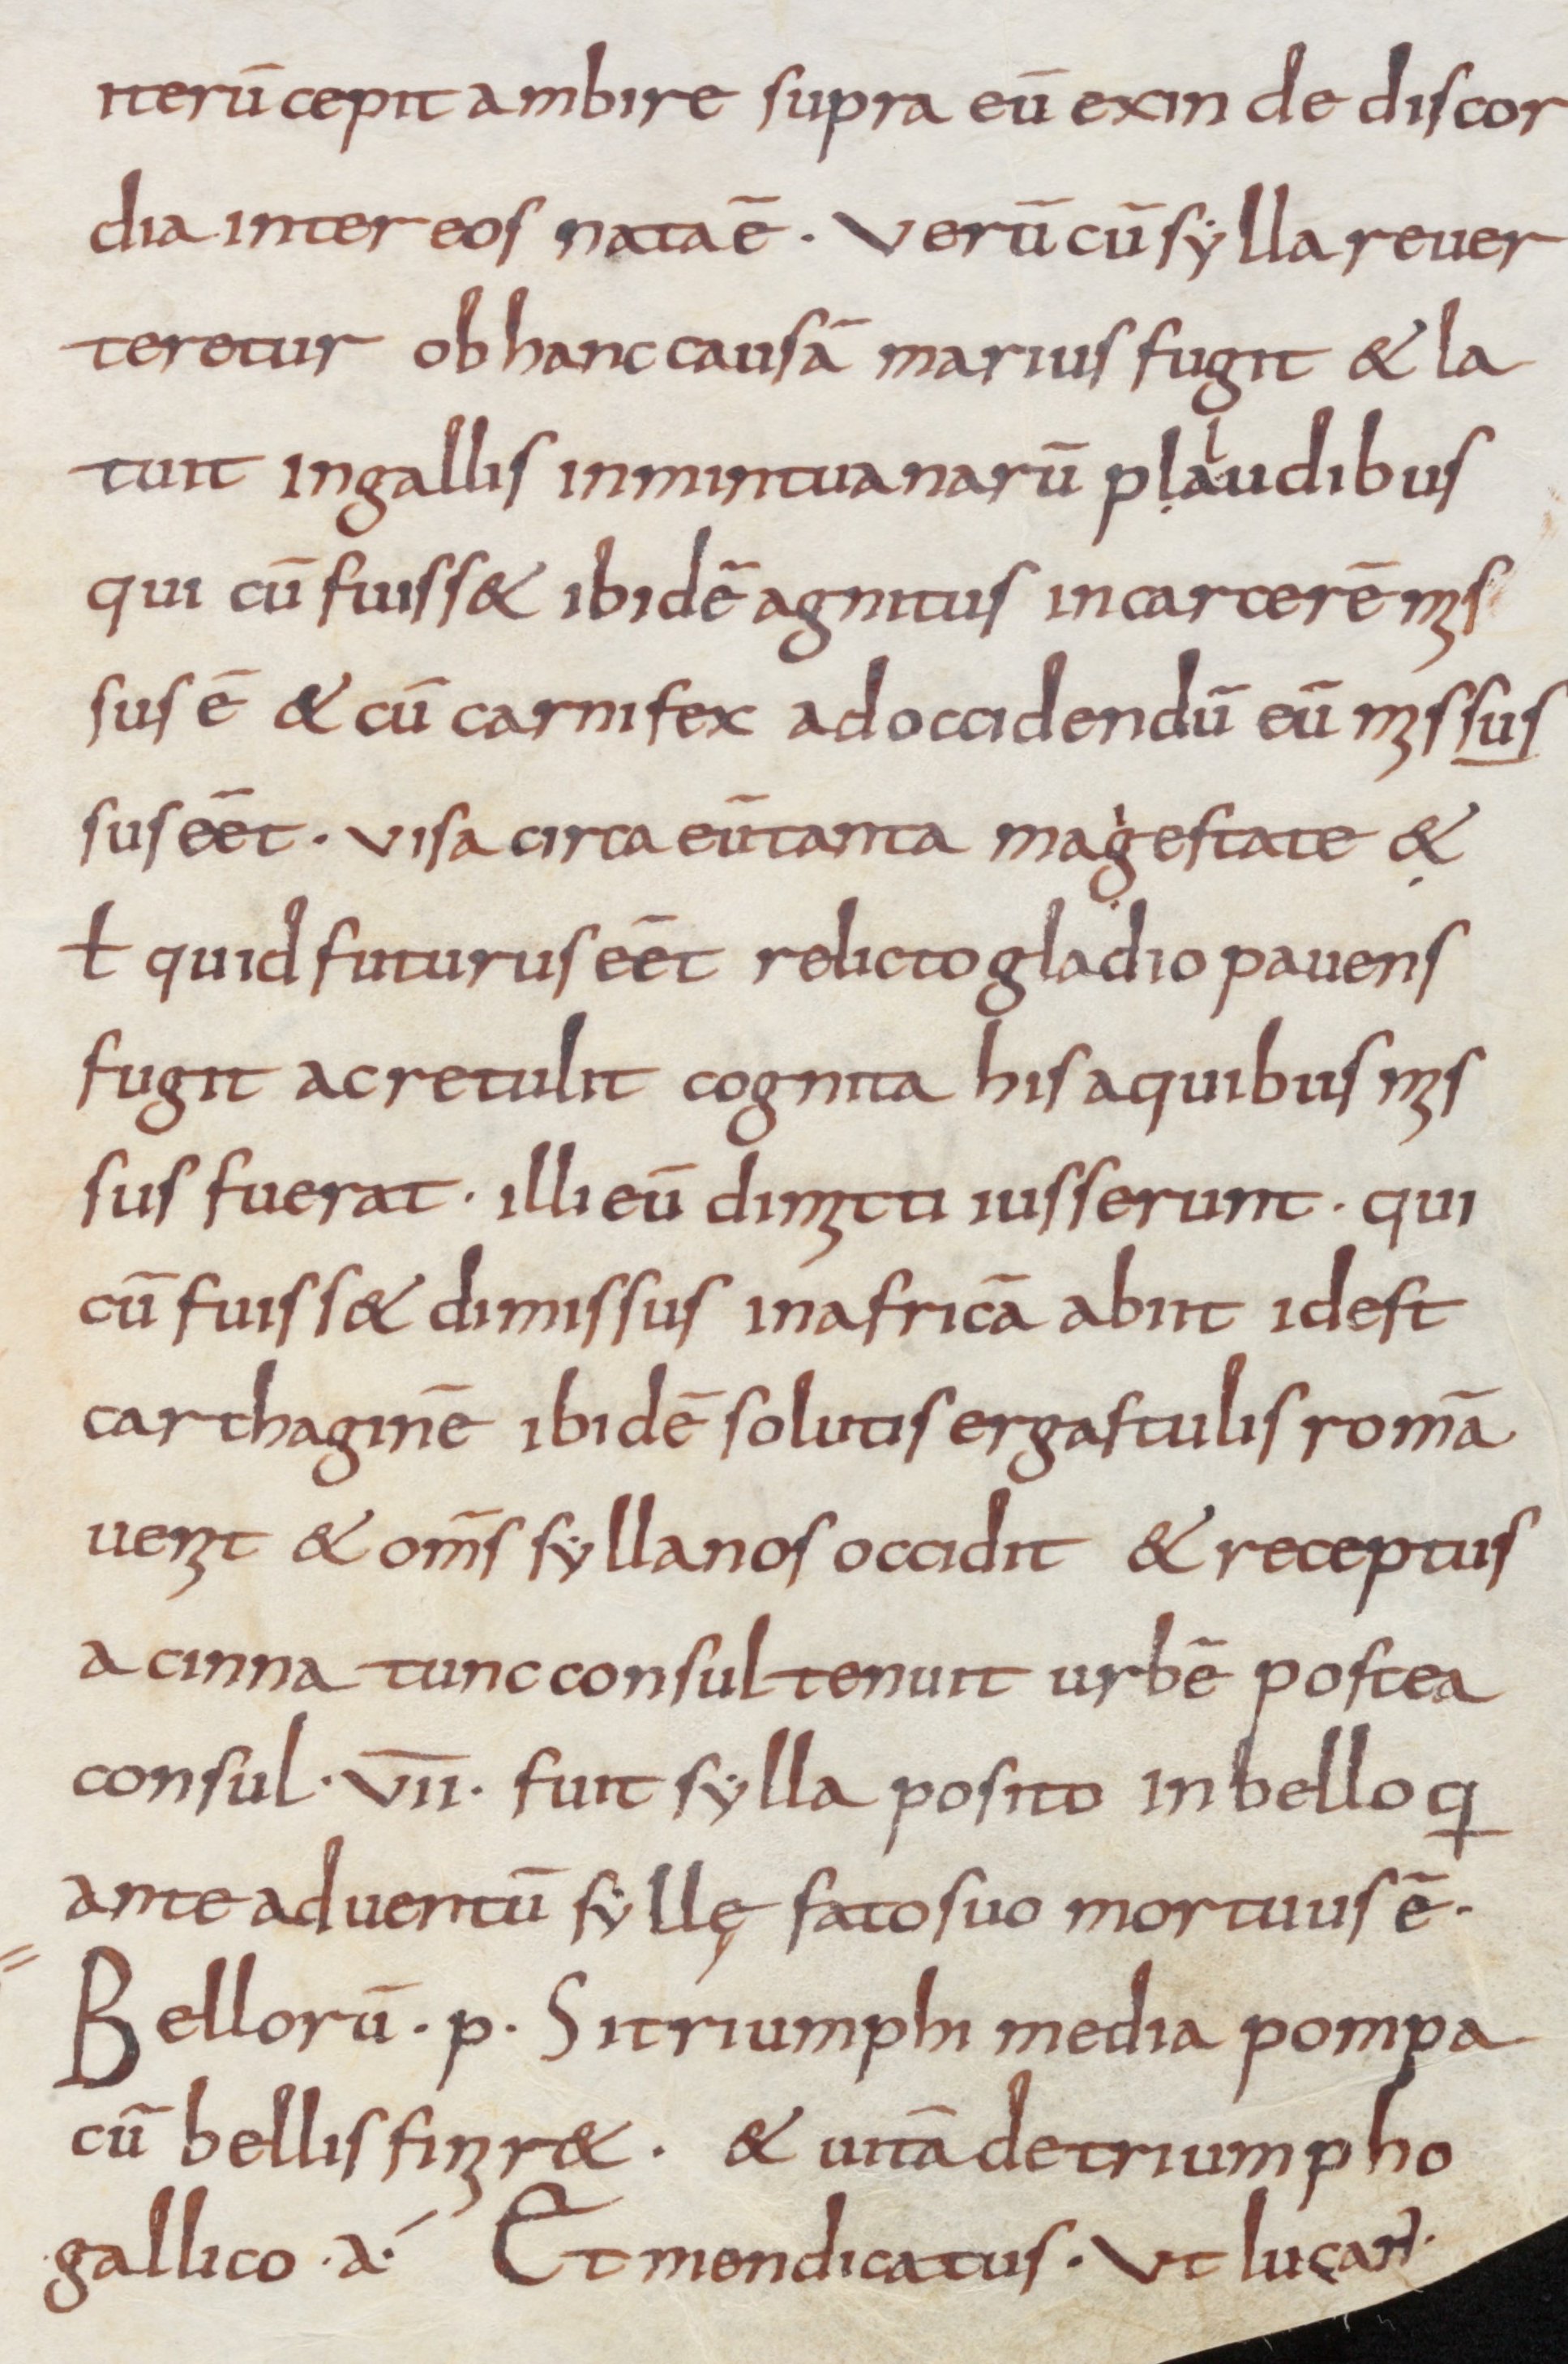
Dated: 800–899